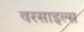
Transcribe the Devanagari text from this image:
वरसाइल्स